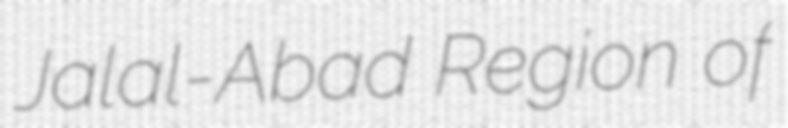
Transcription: Jalal-Abad Region of